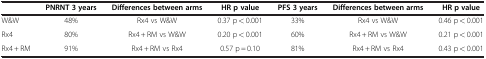
<table><thead><tr><td><b> </b></td><td><b>PNRNT 3 years</b></td><td><b>Differences between arms</b></td><td><b>HR p value</b></td><td><b>PFS 3 years</b></td><td><b>Differences between arms</b></td><td><b>HR p value</b></td></tr></thead><tbody><tr><td>W&amp;W</td><td>48%</td><td>Rx4 vs W&amp;W</td><td>0.37 p &lt; 0.001</td><td>33%</td><td>Rx4 vs W&amp;W</td><td>0.46 p &lt; 0.001</td></tr><tr><td>Rx4</td><td>80%</td><td>Rx4 + RM vs W&amp;W</td><td>0.20 p &lt; 0.001</td><td>60%</td><td>Rx4 + RM vs W&amp;W</td><td>0.21 p &lt; 0.001</td></tr><tr><td>Rx4 + RM</td><td>91%</td><td>Rx4 + RM vs Rx4</td><td>0.57 p = 0.10</td><td>81%</td><td>Rx4 + RM vs Rx4</td><td>0.43 p &lt; 0.001</td></tr></tbody></table>